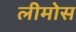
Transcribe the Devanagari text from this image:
लीमोस